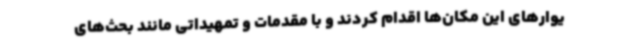
یوارهای این مکان‌ها اقدام کردند و با مقدمات و تمهیداتی مانند بحث‌های